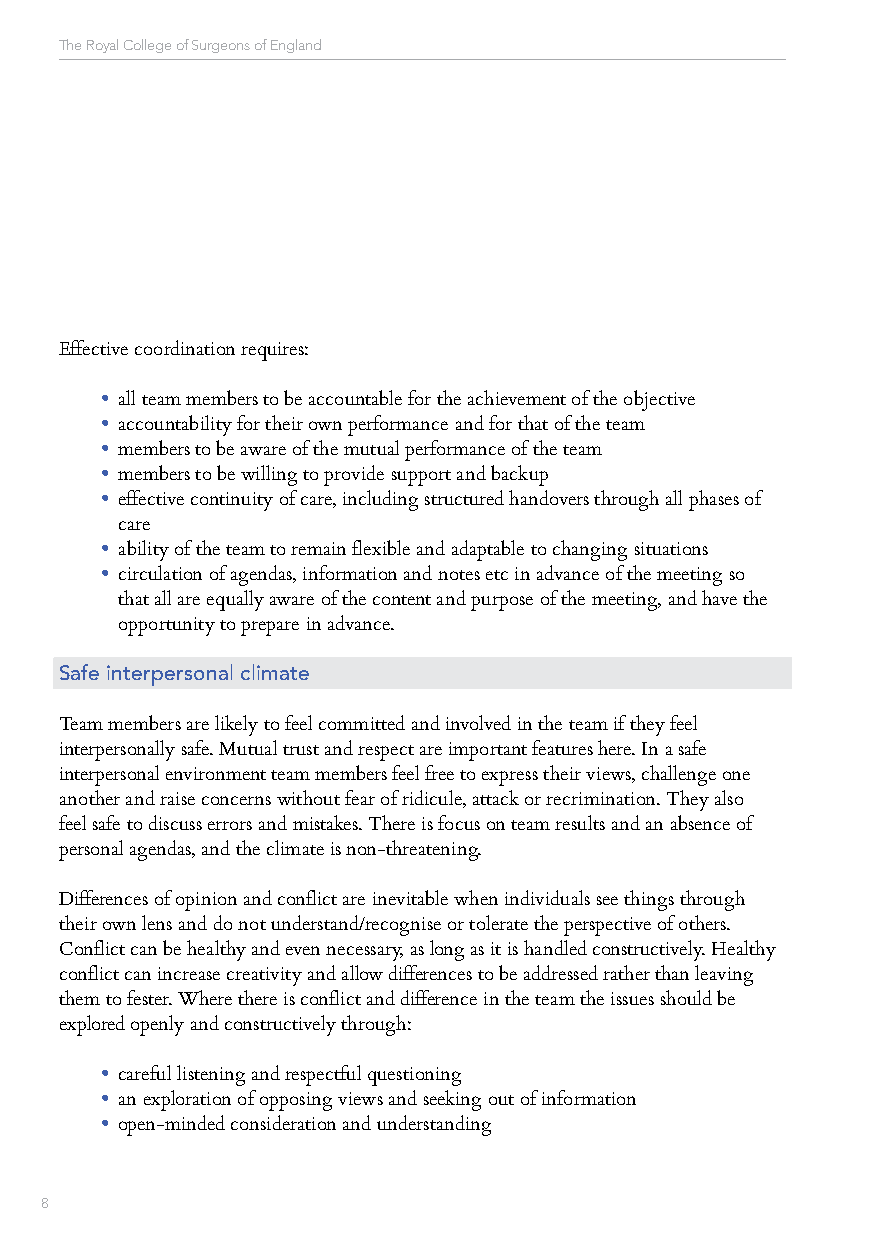
The Royal College of Surgeons of England
 Effective coordination requires:
 • all team members to be accountable for the achievement of the objective
 • accountability for their own performance and for that of the team
 • members to be aware of the mutual performance of the team
 • members to be willing to provide support and backup
 • effective continuity of care, including structured handovers through all phases of
 care
 • ability of the team to remain flexible and adaptable to changing situations
 • circulation of agendas, information and notes etc in advance of the meeting so
 that all are equally aware of the content and purpose of the meeting, and have the
 opportunity to prepare in advance.
 Safe interpersonal climate
 Team members are likely to feel committed and involved in the team if they feel
 interpersonally safe. Mutual trust and respect are important features here. In a safe
 interpersonal environment team members feel free to express their views, challenge one
 another and raise concerns without fear of ridicule, attack or recrimination. They also
 feel safe to discuss errors and mistakes. There is focus on team results and an absence of
 personal agendas, and the climate is non-threatening.
 Differences of opinion and conflict are inevitable when individuals see things through
 their own lens and do not understand/recognise or tolerate the perspective of others.
 Conflict can be healthy and even necessary, as long as it is handled constructively. Healthy
 conflict can increase creativity and allow differences to be addressed rather than leaving
 them to fester. Where there is conflict and difference in the team the issues should be
 explored openly and constructively through:
 • careful listening and respectful questioning
 • an exploration of opposing views and seeking out of information
 • open-minded consideration and understanding
 8